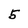
Character: 5